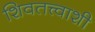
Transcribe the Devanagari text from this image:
शिवतत्त्वाशी